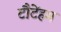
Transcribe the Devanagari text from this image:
टौटेंहम